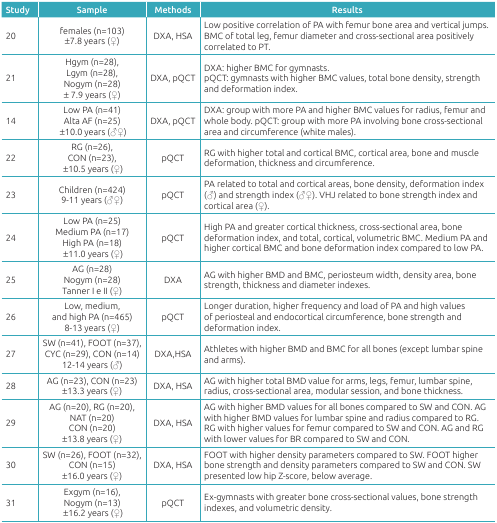
<table><thead><tr><td><b>Study</b></td><td><b>Sample</b></td><td><b>Methods</b></td><td><b>Results</b></td></tr></thead><tbody><tr><td>20</td><td>females (n=103) ±7.8 years (♀)</td><td>DXA, HSA</td><td>Low positive correlation of PA with femur bone areaand vertical jumps. BMC of total leg, femur diameter andcross-sectional area positively correlated to PT.</td></tr><tr><td>21</td><td>Hgym (n=28), Lgym (n=28), Nogym (n=28) ± 7.9years (♀)</td><td>DXA, pQCT</td><td>DXA: higher BMC for gymnasts. pQCT: gymnasts withhigher BMC values, total bone density, strength and deformationindex.</td></tr><tr><td>14</td><td>Low PA (n=41) Alta AF (n=25) ±10.0 years(♂♀)</td><td>DXA, pQCT</td><td>DXA: group with more PA and higher BMC values forradius, femur and whole body. pQCT: group with more PA involvingbone cross-sectional area and circumference (white males).</td></tr><tr><td>22</td><td>RG (n=26), CON (n=23), ±10.5 years (♀)</td><td>pQCT</td><td>RG with higher total and cortical BMC, corticalarea, bone and muscle deformation, thickness and circumference.</td></tr><tr><td>23</td><td>Children (n=424) 9-11 years (♂♀)</td><td>pQCT</td><td>PA related to total and cortical areas, bonedensity, deformation index (♂) and strength index (♂♀). VHJrelated to bone strength index and cortical area (♀).</td></tr><tr><td>24</td><td>Low PA (n=25) Medium PA (n=17) High PA (n=18)±11.0 years (♀)</td><td>pQCT</td><td>High PA and greater cortical thickness,cross-sectional area, bone deformation index, and total,cortical, volumetric BMC. Medium PA and higher cortical BMC andbone deformation index compared to low PA. </td></tr><tr><td>25</td><td>AG (n=28) Nogym (n=28) Tanner I e II (♀)</td><td>DXA</td><td>AG with higher BMD and BMC, periosteum width,density area, bone strength, thickness and diameterindexes.</td></tr><tr><td>26</td><td>Low, medium, and high PA (n=465) 8-13 years(♀)</td><td>pQCT</td><td>Longer duration, higher frequency and load of PAand high values of periosteal and endocortical circumference,bone strength and deformation index.</td></tr><tr><td>27</td><td>SW (n=41), FOOT (n=37), CYC (n=29), CON (n=14)12-14 years (♂)</td><td>DXA,HSA</td><td>Athletes with higher BMD and BMC for all bones(except lumbar spine and arms). </td></tr><tr><td>28</td><td>AG (n=23), CON (n=23) ±13.3 years (♀)</td><td>DXA, HSA</td><td>AG with higher total BMD value for arms, legs,femur, lumbar spine, radius, cross-sectional area, modularsession, and bone thickness. </td></tr><tr><td>29</td><td>AG (n=20), RG (n=20), NAT (n=20) CON (n=20) ±13.8years (♀)</td><td>DXA, HSA</td><td>AG with higher BMD values for all bones compared toSW and CON. AG with higher BMD values for lumbar spine andradius compared to RG. RG with higher values for femur comparedto SW and CON. AG and RG with lower values for BR compared to SWand CON.</td></tr><tr><td>30</td><td>SW (n=26), FOOT (n=32), CON (n=15) ±16.0 years(♀)</td><td>DXA, HSA</td><td>FOOT with higher density parameters compared to SW.FOOT higher bone strength and density parameters compared to SWand CON. SW presented low hip Z-score, below average.</td></tr><tr><td>31</td><td>Exgym (n=16), Nogym (n=13) ±16.2 years (♀)</td><td>pQCT</td><td>Ex-gymnasts with greater bone cross-sectionalvalues, bone strength indexes, and volumetric density.</td></tr></tbody></table>